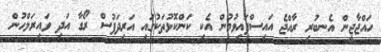
ހައްޖާޖީން އެނބުރި ރާއްޖެ އައިސްފައިވުމުން އެކި ކަންކޮޅުތަކުގައި އަރިދަފުސް ރޯގާ އަދި ވައިރަލްހުން